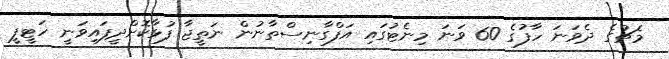
މެޗުގެ ދެވަނަ ހާފުގެ 60 ވަނަ މިނެޓުގައި އަފްގާނިސްތާނުން ނަތީޖާ ފުޅާކޮށްދީފައިވަނީ ހަޓީފީ